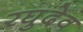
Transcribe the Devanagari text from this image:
रघुदेव